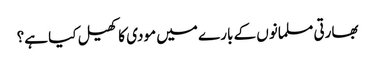
بھارتی مسلمانوں کے بارے میں مودی کا کھیل کیا ہے؟